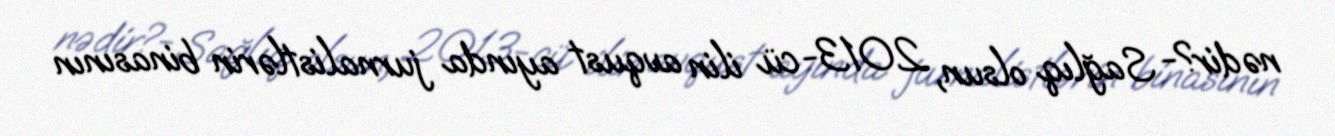
nədir?- Sağlıq olsun, 2013-cü ilin avqust ayında jurnalistlərin binasının